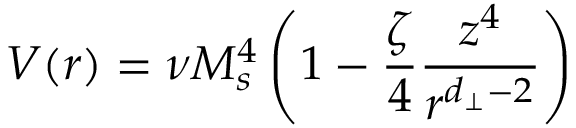
V ( r ) = \nu M _ { s } ^ { 4 } \left( 1 - \frac { \zeta } { 4 } \frac { z ^ { 4 } } { r ^ { d _ { \perp } - 2 } } \right)